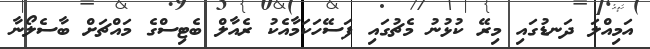
އަމިއްލަ ދަނޑުގައި މިރޭ ކުޅުނު މެޗުގައި ފަސޭހަކަމާއެކު ރެއާލް ބެޓިސްގެ މައްޗަށް ބާސެލޯނާ